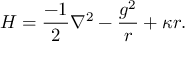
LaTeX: H = { \frac { - 1 } { 2 } } \nabla ^ { 2 } - { \frac { g ^ { 2 } } { r } } + \kappa r .